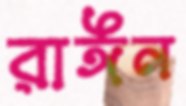
রাঈন